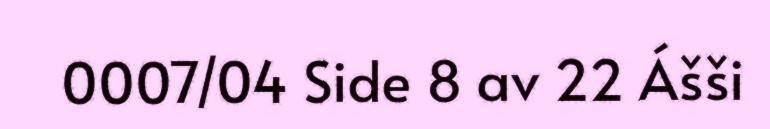
0007/04 Side 8 av 22 Ášši